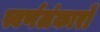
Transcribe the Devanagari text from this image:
स्वर्णलंकारो